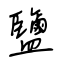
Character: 鹽